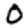
Digit: 0